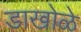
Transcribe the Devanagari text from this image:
डाखोळे